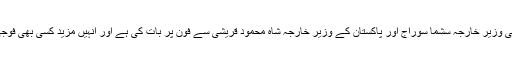
امریکہ کے وزیرِ خارجہ مائیک پومپیو نے ایک بیان میں کہا ہے کہ انہوں نے بھارت کی وزیرِ خارجہ سشما سوراج اور پاکستان کے وزیرِ خارجہ شاہ محمود قریشی سے فون پر بات کی ہے اور انہیں مزید کسی بھی فوجی کارروائی سے گریز کا مشورہ دیتے ہوئے آپس میں براہِ راست بات کرنے کو کہا ہے۔